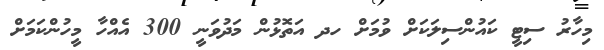
މިހާރު ސިޓީ ކައުންސިލަކަށް ވުމަށް ހދ އަތޮޅުން މަދުވަނީ 300 އެއްހާ މީހުންކަމަށް